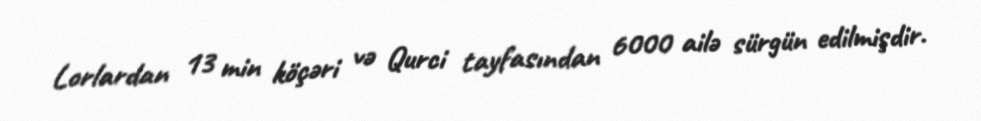
Lorlardan 13 min köçəri və Qurci tayfasından 6000 ailə sürgün edilmişdir.